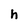
Character: h